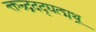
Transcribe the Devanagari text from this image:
क्तन्र्द्रददृद्यत्द्मथ्र्